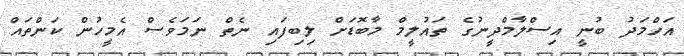
އަހްމަދު ބުނީ އިސްލާމްދީނުގެ ތައުލީމް މާބޮޑަށް ލިބިފައި ނެތް ނަމަވެސް އެމީހުން ކަންތައް